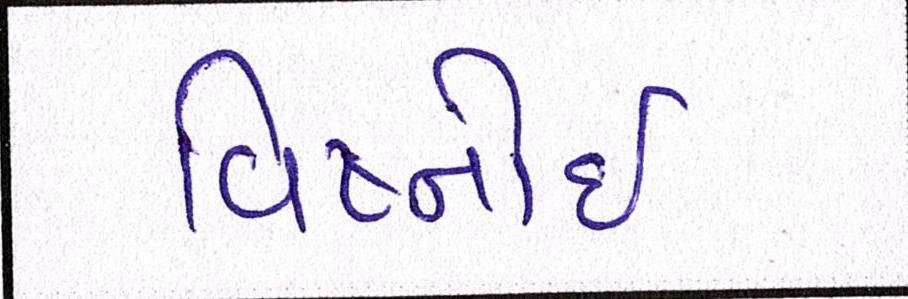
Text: વિષ્નોઈ